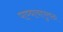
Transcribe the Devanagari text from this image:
पाण्याचापुरवठा